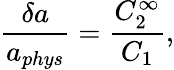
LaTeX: \frac{\delta a}{a_{phys}}=\frac{C_{2}^{\infty}}{C_{1}},